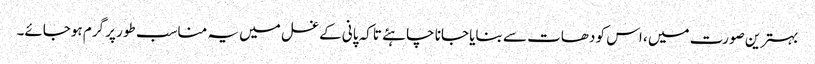
بہترین صورت میں ، اس کو دھات سے بنایا جانا چاہئے تاکہ پانی کے غسل میں یہ مناسب طور پر گرم ہوجائے۔